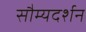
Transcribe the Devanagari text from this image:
सौम्यदर्शन